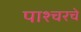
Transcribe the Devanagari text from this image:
पाश्चरचे